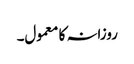
روزانہ کا معمول۔